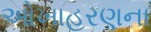
ઓખાહરણના